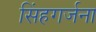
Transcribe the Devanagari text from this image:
सिंहगर्जना